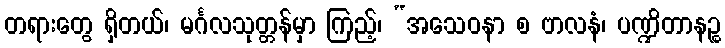
တရားတွေ ရှိတယ်၊ မင်္ဂလသုတ္တန်မှာ ကြည့်၊ “အသေဝနာ စ ဗာလနံ၊ ပဏ္ဍိတာနဉ္စ